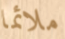
ملائما